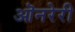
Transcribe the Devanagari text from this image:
ऒनरेरी